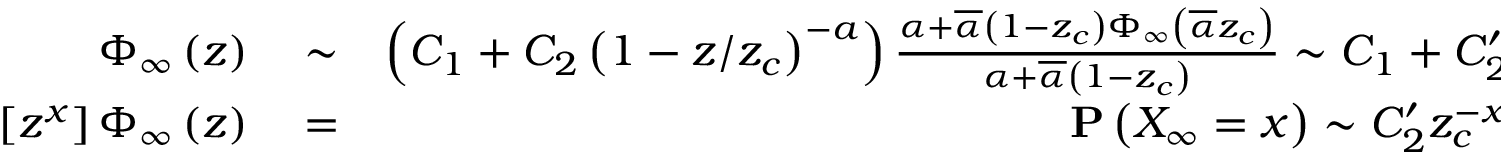
\begin{array} { r l r } { \Phi _ { \infty } \left( z \right) } & { { } \sim } & { \left( C _ { 1 } + C _ { 2 } \left( 1 - z / z _ { c } \right) ^ { - a } \right) \frac { \alpha + \overline { { \alpha } } \left( 1 - z _ { c } \right) \Phi _ { \infty } \left( \overline { { \alpha } } z _ { c } \right) } { \alpha + \overline { { \alpha } } \left( 1 - z _ { c } \right) } \sim C _ { 1 } + C _ { 2 } ^ { \prime } \left( 1 - z / z _ { c } \right) ^ { - a } } \\ { \left[ z ^ { x } \right] \Phi _ { \infty } \left( z \right) } & { { } = } & { { \bf P } \left( X _ { \infty } = x \right) \sim C _ { 2 } ^ { \prime } z _ { c } ^ { - x } \cdot x ^ { a - 1 } \frac { 1 } { \Gamma \left( a \right) } \mathrm { ~ , ~ } } \end{array}